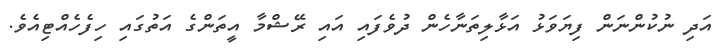
އަދި ނުކުންނަން ފިޔަވަޅު އަޅާލިތަނާހެން ދުވެފައި އައި ރޭޝްމާ އީތަންގެ އަތުގައި ހިފެހެއްޓިއެވެ.